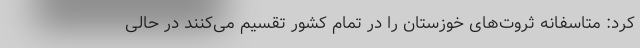
کرد: متاسفانه ثروت‌های خوزستان را در تمام کشور تقسیم می‌کنند در حالی